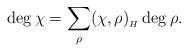
LaTeX: \begin{align*}\deg \chi=\sum_\rho (\chi,\rho)_{_H}\deg \rho.\end{align*}